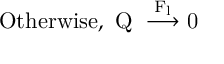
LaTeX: \mathrm { O t h e r w i s e , ~ Q ~ \stackrel { F _ { l } } { \longrightarrow } 0 ~ }